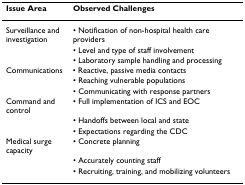
| Issue Area | Observed Challenges |
 | --- | --- |
 | Surveillance and investigation | • Notification of non-hospital health care providers |
 |  | • Level and type of staff involvement |
 |  | • Laboratory sample handling and processing |
 | Communications | • Reactive, passive media contacts |
 |  | • Reaching vulnerable populations |
 |  | • Communicating with response partners |
 | Command and control | • Full implementation of ICS and EOC |
 |  | • Handoffs between local and state |
 |  | • Expectations regarding the CDC |
 | Medical surge capacity | • Concrete planning |
 |  | • Accurately counting staff |
 |  | • Recruiting, training, and mobilizing volunteers |